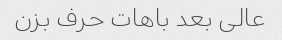
عالی بعد باهات حرف بزن